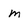
Character: m